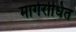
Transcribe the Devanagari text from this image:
मार्गरोधित